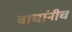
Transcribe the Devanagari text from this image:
वाघांनीच